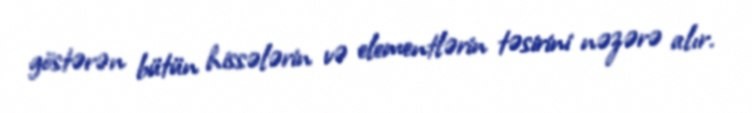
göstərən bütün hissələrin və elementlərin təsirini nəzərə alır.